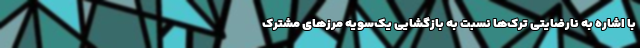
با اشاره به نارضایتی ترک‌ها نسبت به بازگشایی یک‌سویه مرزهای مشترک